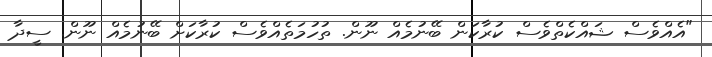
"އެއްވެސް ޝައްކެތްވެސް ކުރާކަން ބޭނުމެއް ނޫން. ތުހުމަތެއްވެސް ކުރާކަށް ބޭނުމެއް ނޫން. ސީދާ